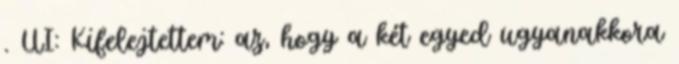
. UI: Kifelejtettem: az, hogy a két egyed ugyanakkora